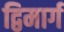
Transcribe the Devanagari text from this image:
द्विमार्ग